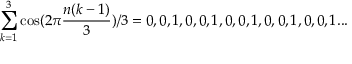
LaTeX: \sum _ { k = 1 } ^ { 3 } \cos ( 2 \pi { \frac { n ( k - 1 ) } { 3 } } ) / 3 = 0 , 0 , 1 , 0 , 0 , 1 , 0 , 0 , 1 , 0 , 0 , 1 , 0 , 0 , 1 . . .